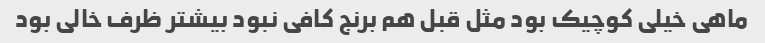
ماهی خیلی کوچیک بود مثل قبل هم برنج کافی نبود بیشتر ظرف خالی بود